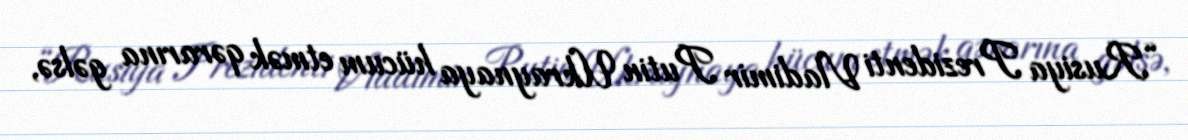
“Rusiya Prezidenti Vladimir Putin Ukraynaya hücum etmək qərarına gəlsə,